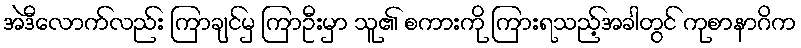
အဲဒီလောက်လည်း ကြာချင်မှ ကြာဦးမှာ သူ၏ စကားကို ကြားရသည့်အခါတွင် ကုစာနာဂိက